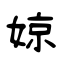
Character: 婛